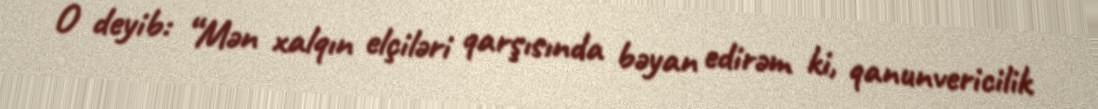
O deyib: “Mən xalqın elçiləri qarşısında bəyan edirəm ki, qanunvericilik